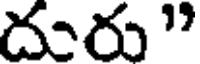
దురు"